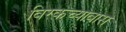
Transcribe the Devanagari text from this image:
विरकच्यावास